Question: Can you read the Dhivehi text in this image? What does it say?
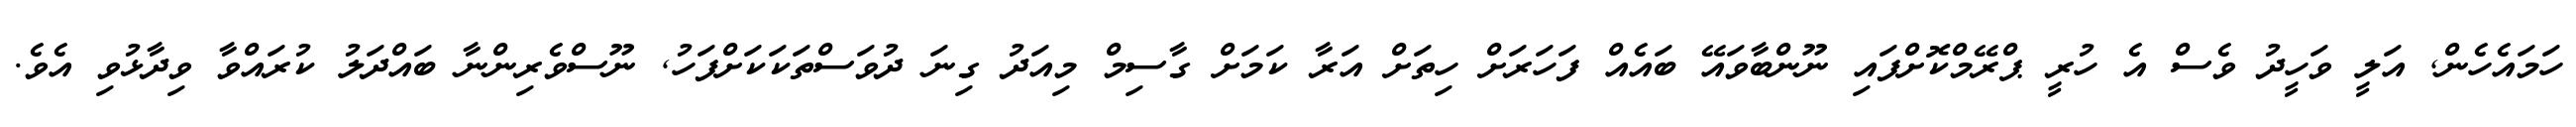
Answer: ހަމައެހެން, އަލީ ވަހީދު ވެސް އެ ހުރީ ޕްރޭމްކޮށްފައި ނޫންބާވައޭ ބައެއް ފަހަރަށް ހިތަށް އަރާ ކަމަށް ގާސިމް މިއަދު ގިނަ ދުވަސްތަކަކަށްފަހު, ނޫސްވެރިންނާ ބައްދަލު ކުރައްވާ ވިދާޅުވި އެވެ.